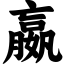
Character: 嬴